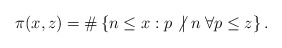
\begin{align*} \pi(x, z) = \#\left\{ n \leq x:p \not | \; n \; \forall p \leq z \right\} . \end{align*}